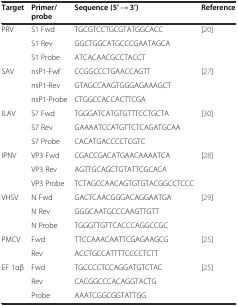
| Target | Primer/probe | Sequence (5’ → 3’) | Reference |
 | --- | --- | --- | --- |
 | <ROWSPAN=3> PRV | S1 Fwd | TGCGTCCTGCGTATGGCACC | <ROWSPAN=3> [20] |
 | S1 Rev | GGCTGGCATGCCCGAATAGCA |
 | S1 Probe | ATCACAACGCCTACCT |
 | <ROWSPAN=3> SAV | nsP1-Fwf | CCGGCCCTGAACCAGTT | <ROWSPAN=3> [27] |
 | nsP1-Rev | GTAGCCAAGTGGGAGAAAGCT |
 | nsP1-Probe | CTGGCCACCACTTCGA |
 | <ROWSPAN=3> ILAV | S7 Fwd | TGGGATCATGTGTTTCCTGCTA | <ROWSPAN=3> [30] |
 | S7 Rev | GAAAATCCATGTTCTCAGATGCAA |
 | S7 Probe | CACATGACCCCTCGTC |
 | <ROWSPAN=3> IPNV | VP3 Fwd | CGACCGACATGAACAAAATCA | <ROWSPAN=3> [28] |
 | VP3 Rev | AGTTGCAGCTGTATTCGCACA |
 | VP3 Probe | TCTAGCCAACAGTGTGTACGGCCTCCC |
 | <ROWSPAN=3> VHSV | N Fwd | GACTCAACGGGACAGGAATGA | <ROWSPAN=3> [29] |
 | N Rev | GGGCAATGCCCAAGTTGTT |
 | N Probe | TGGGTTGTTCACCCAGGCCGC |
 | <ROWSPAN=2> PMCV | Fwd | TTCCAAACAATTCGAGAAGCG | <ROWSPAN=2> [25] |
 | Rev | ACCTGCCATTTTCCCCTCTT |
 | <ROWSPAN=3> EF 1αβ | Fwd | TGCCCCTCCAGGATGTCTAC | <ROWSPAN=3> [25] |
 | Rev | CACGGCCCACAGGTACTG |
 | Probe | AAATCGGCGGTATTGG |